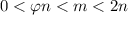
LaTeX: \ 0 < \varphi n < m < 2 n